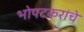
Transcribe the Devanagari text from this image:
भोपटकरांचे